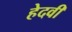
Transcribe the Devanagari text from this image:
हेदवी